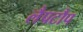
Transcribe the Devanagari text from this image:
लैपटौप